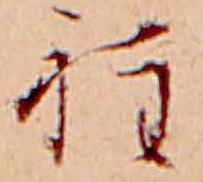
程